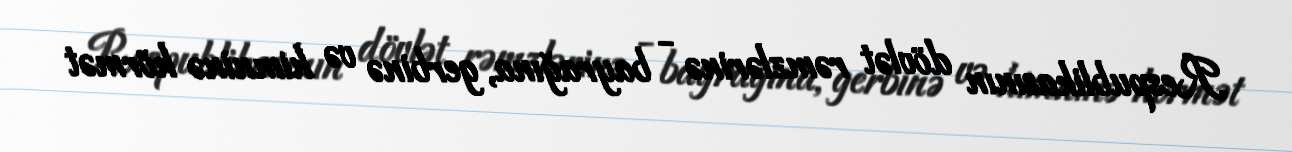
Respublikasının dövlət rəmzlərinə - bayrağına, gerbinə və himninə hörmət